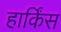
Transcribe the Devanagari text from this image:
हार्किंस